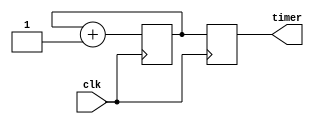
module rtc_timer (
    input wire clk,  // external clock input
    output reg [23:0] timer // timer block to count and display current time
);

reg [23:0] count;

always @(posedge clk) begin
    count <= count + 1; // increment count on every clock cycle
    timer <= count; // update timer display
end

endmodule